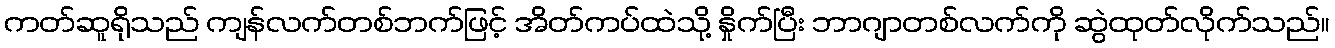
ကတ်ဆူရိုသည် ကျန်လက်တစ်ဘက်ဖြင့် အိတ်ကပ်ထဲသို့ နှိုက်ပြီး ဘာဂျာတစ်လက်ကို ဆွဲထုတ်လိုက်သည်။